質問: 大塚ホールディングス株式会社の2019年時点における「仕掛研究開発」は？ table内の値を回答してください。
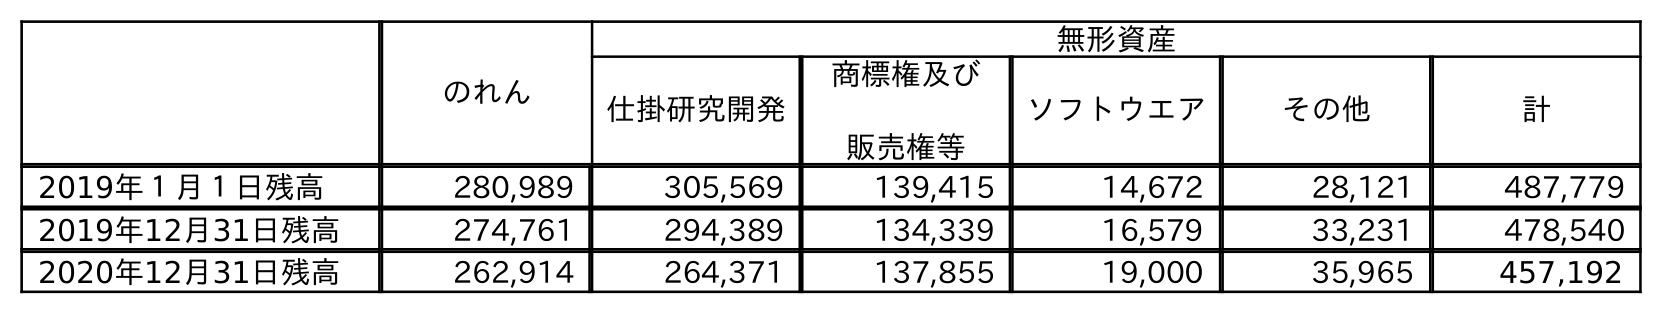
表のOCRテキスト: のれん 無形資産 仕掛研究開発 商標権及び 販売権等 ソフトウエア その他 計 2019年１月１日残高 280,989 305,569 139,415 14,672 28,121 487,779 2019年12月31日残高 274,761 294,389 134,339 16,579 33,231 478,540 2020年12月31日残高 262,914 264,371 137,855 19,000 35,965 457,192
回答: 294,389